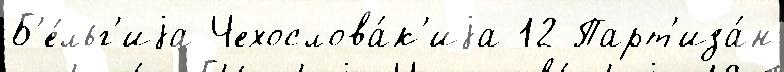
Б'е́льг'иjа Чехослова́к'иjа 12 Парт'иза́н